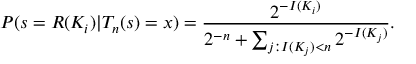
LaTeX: P ( s = R ( K _ { i } ) | T _ { n } ( s ) = x ) = { \frac { 2 ^ { - I ( K _ { i } ) } } { 2 ^ { - n } + \sum _ { j : I ( K _ { j } ) < n } 2 ^ { - I ( K _ { j } ) } } } .